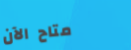
متاح الآن